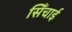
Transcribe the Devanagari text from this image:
सिँचाई